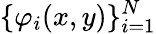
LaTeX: \{ \varphi_{i}(x,y)\} _{i=1}^{N}